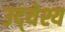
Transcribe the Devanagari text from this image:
उद्‍येश्य